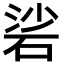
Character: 硰